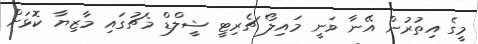
މީގެ އިތުރުން އޭނާ ވަނީ މައިލޯ ޗެރިޓީ ޝީލްޑް މެޗުގައި މާޒިޔާ ކޮޅަށް